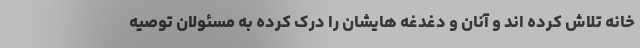
خانه تلاش کرده اند و آنان و دغدغه هایشان را درک کرده به مسئولان توصیه